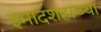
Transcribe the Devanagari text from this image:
इमादशहाच्या